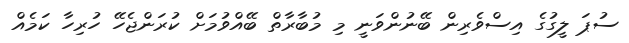
ސުޕަ ލީގުގެ އިސްވެރިން ބޭނުންވަނީ މި މުބާރާތް ބޭއްވުމަށް ކުރަންޖެހޭ ހުރިހާ ކަމެއް